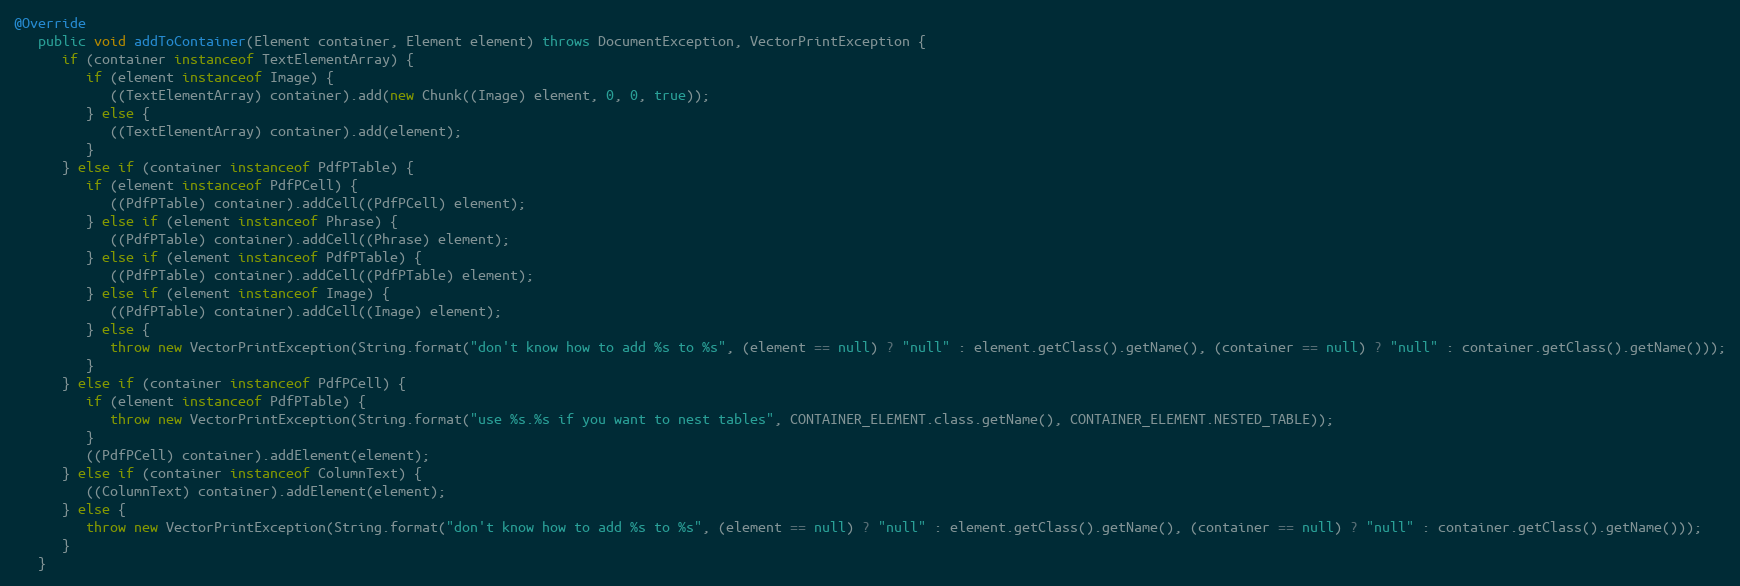
Language: Java
@Override
   public void addToContainer(Element container, Element element) throws DocumentException, VectorPrintException {
      if (container instanceof TextElementArray) {
         if (element instanceof Image) {
            ((TextElementArray) container).add(new Chunk((Image) element, 0, 0, true));
         } else {
            ((TextElementArray) container).add(element);
         }
      } else if (container instanceof PdfPTable) {
         if (element instanceof PdfPCell) {
            ((PdfPTable) container).addCell((PdfPCell) element);
         } else if (element instanceof Phrase) {
            ((PdfPTable) container).addCell((Phrase) element);
         } else if (element instanceof PdfPTable) {
            ((PdfPTable) container).addCell((PdfPTable) element);
         } else if (element instanceof Image) {
            ((PdfPTable) container).addCell((Image) element);
         } else {
            throw new VectorPrintException(String.format("don't know how to add %s to %s", (element == null) ? "null" : element.getClass().getName(), (container == null) ? "null" : container.getClass().getName()));
         }
      } else if (container instanceof PdfPCell) {
         if (element instanceof PdfPTable) {
            throw new VectorPrintException(String.format("use %s.%s if you want to nest tables", CONTAINER_ELEMENT.class.getName(), CONTAINER_ELEMENT.NESTED_TABLE));
         }
         ((PdfPCell) container).addElement(element);
      } else if (container instanceof ColumnText) {
         ((ColumnText) container).addElement(element);
      } else {
         throw new VectorPrintException(String.format("don't know how to add %s to %s", (element == null) ? "null" : element.getClass().getName(), (container == null) ? "null" : container.getClass().getName()));
      }
   }